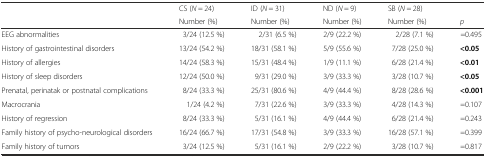
<table><thead><tr><td></td><td><b>CS (<i>N</i> = 24)</b></td><td><b>ID (<i>N</i> = 31)</b></td><td><b>ND (<i>N</i> = 9)</b></td><td><b>SB (<i>N</i> = 28)</b></td><td></td></tr><tr><td></td><td><b>Number (%)</b></td><td><b>Number (%)</b></td><td><b>Number (%)</b></td><td><b>Number (%)</b></td><td><b><i>p</i></b></td></tr></thead><tbody><tr><td>EEG abnormalities</td><td>3/24 (12.5 %)</td><td>2/31 (6.5 %)</td><td>2/9 (22.2 %)</td><td>2/28 (7.1 %)</td><td>=0.495</td></tr><tr><td>History of gastrointestinal disorders</td><td>13/24 (54.2 %)</td><td>18/31 (58.1 %)</td><td>5/9 (55.6 %)</td><td>7/28 (25.0 %)</td><td><b>&lt;0.05</b></td></tr><tr><td>History of allergies</td><td>14/24 (58.3 %)</td><td>15/31 (48.4 %)</td><td>1/9 (11.1 %)</td><td>6/28 (21.4 %)</td><td><b>&lt;0.01</b></td></tr><tr><td>History of sleep disorders</td><td>12/24 (50.0 %)</td><td>9/31 (29.0 %)</td><td>3/9 (33.3 %)</td><td>3/28 (10.7 %)</td><td><b>&lt;0.05</b></td></tr><tr><td>Prenatal, perinatak or postnatal complications</td><td>8/24 (33.3 %)</td><td>25/31 (80.6 %)</td><td>4/9 (44.4 %)</td><td>8/28 (28.6 %)</td><td><b>&lt;0.001</b></td></tr><tr><td>Macrocrania</td><td>1/24 (4.2 %)</td><td>7/31 (22.6 %)</td><td>3/9 (33.3 %)</td><td>4/28 (14.3 %)</td><td>=0.107</td></tr><tr><td>History of regression</td><td>8/24 (33.3 %)</td><td>5/31 (16.1 %)</td><td>4/9 (44.4 %)</td><td>6/28 (21.4 %)</td><td>=0.243</td></tr><tr><td>Family history of psycho-neurological disorders</td><td>16/24 (66.7 %)</td><td>17/31 (54.8 %)</td><td>3/9 (33.3 %)</td><td>16/28 (57.1 %)</td><td>=0.399</td></tr><tr><td>Family history of tumors</td><td>3/24 (12.5 %)</td><td>5/31 (16.1 %)</td><td>2/9 (22.2 %)</td><td>3/28 (10.7 %)</td><td>=0.817</td></tr></tbody></table>